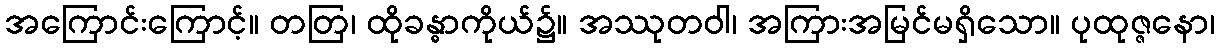
အကြောင်းကြောင့်။ တတြ၊ ထိုခန္ဓာကိုယ်၌။ အဿုတဝါ၊ အကြားအမြင်မရှိသော။ ပုထုဇ္ဇနော၊